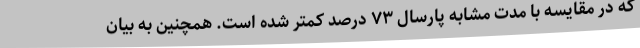
که در مقایسه با مدت مشابه پارسال ۷۳ درصد کمتر شده است. همچنین به بیان